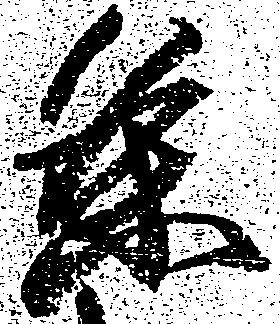
条